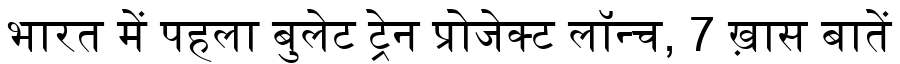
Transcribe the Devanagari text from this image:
भारत में पहला बुलेट ट्रेन प्रोजेक्ट लॉन्च, 7 ख़ास बातें